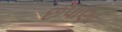
છપાણા